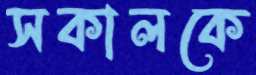
সকালকে